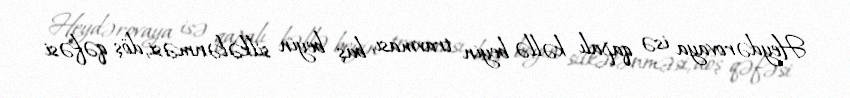
Heydərovaya isə qapalı kəllə beyin travması, baş beyin silkələnməsi, döş qəfəsi